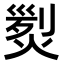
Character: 𤋴